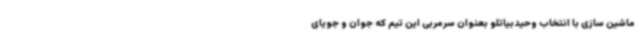
ماشین سازی با انتخاب وحیدبیاتلو بعنوان سرمربی این تیم که جوان و جویای